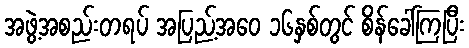
အဖွဲ့အစည်းတရပ် အပြည့်အဝေ ၁၆နှစ်တွင် စိန်ခေါ်ကြပြီး